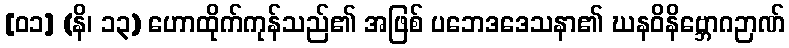
[၀၁] (နိ၊ ၁၃) ဟောထိုက်ကုန်သည်၏ အဖြစ် ပဘေဒဒေသနာ၏ ဃနဝိနိဗ္ဘောဂဉာဏ်